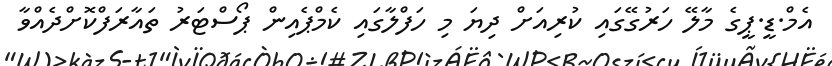
އެމް.ޑީ.ޕީގެ މާލޭ ހަރުގޭގައި ކުރިއަށް ދިޔަ މި ހަފްލާގައި ކެމްޕެއިން ޕޯސްޓަރު ތައާރަފްކޮށްދެއްވާ